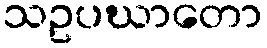
သဥပဃာတော